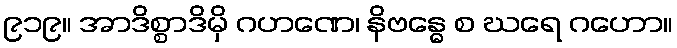
၉၁၉။ အာဒိစ္စာဒိမှိ ဂဟဏေ၊ နိဗန္ဓေ စ ဃရေ ဂဟော။